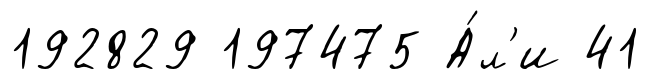
192829 197475 А́л'и 41